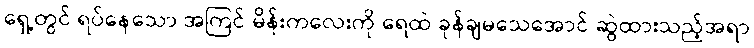
ရှေ့တွင် ရပ်နေသော အကြင် မိန်းကလေးကို ရေထဲ ခုန်ချမသေအောင် ဆွဲထားသည့်အရာ